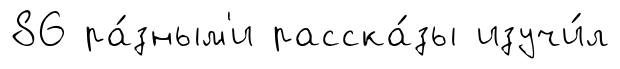
86 ра́зным'и расска́зы изучи́л